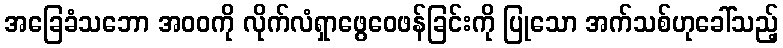
အခြေခံသဘော အဝဝကို လိုက်လံရှာဖွေဝေဖန်ခြင်းကို ပြုသော အက်သစ်ဟုခေါ်သည့်